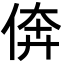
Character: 倴